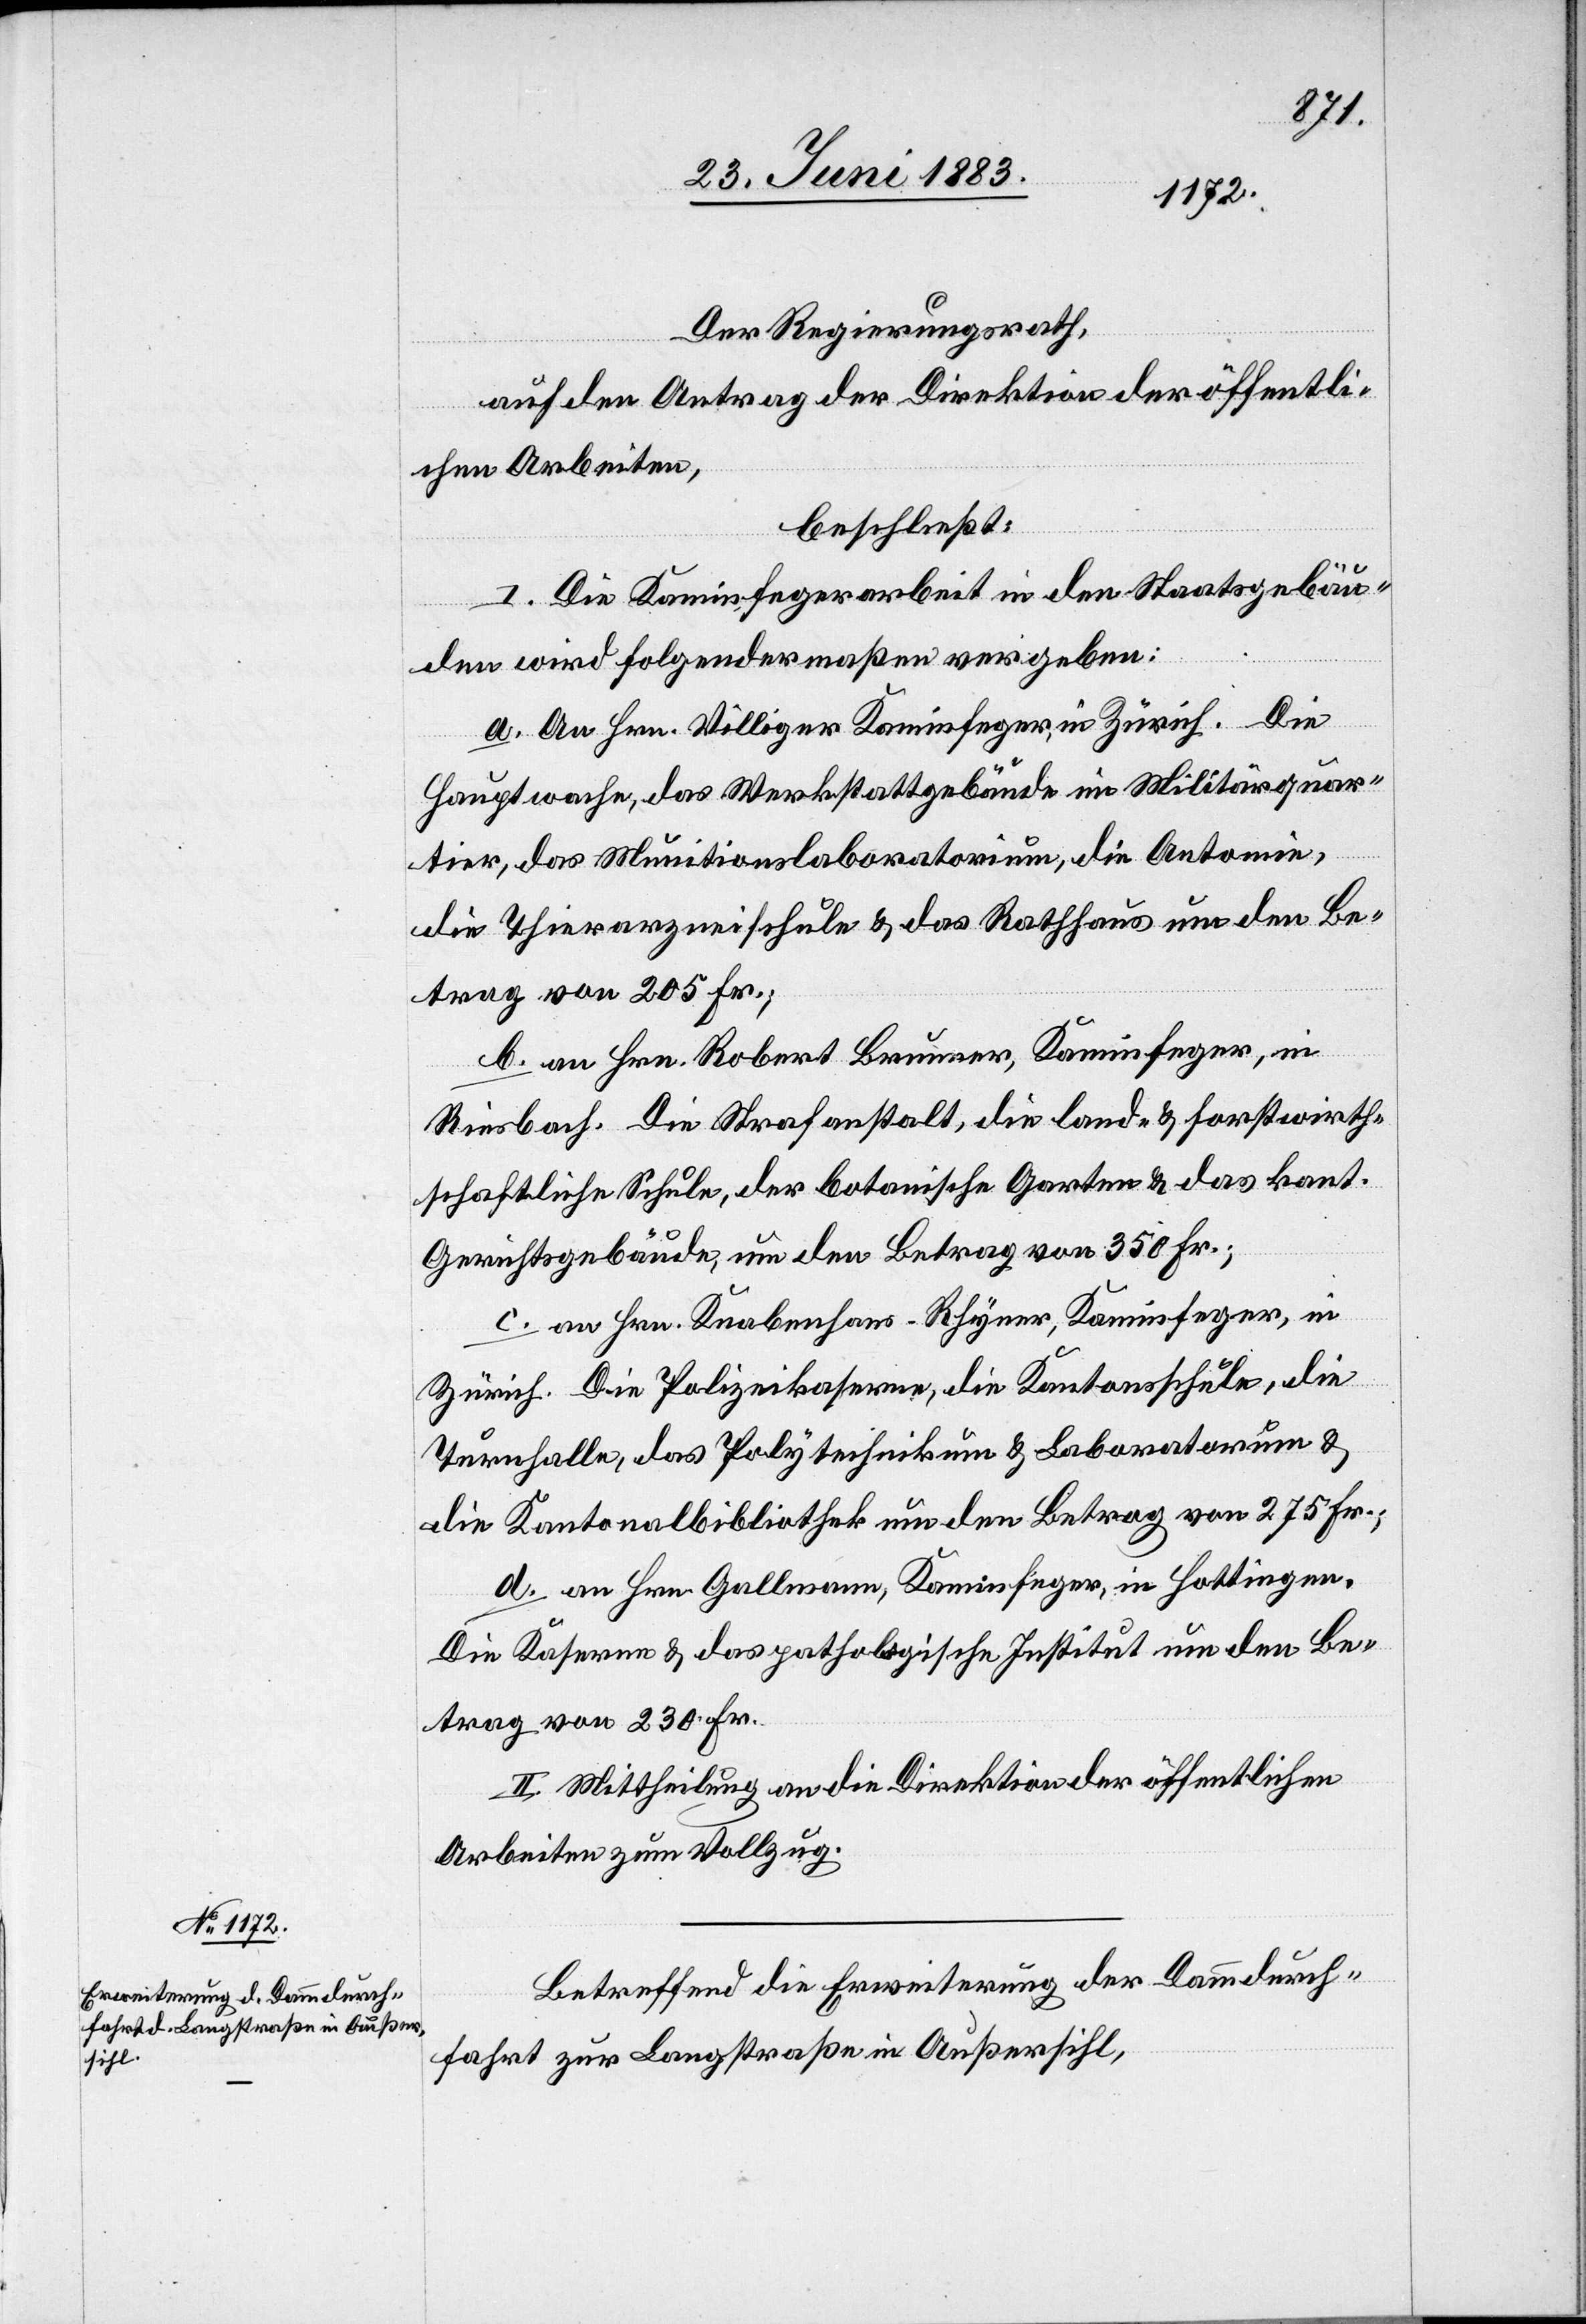
Der Regierungsrath,
auf den Antrag der Direktion der öffentli¬
chen Arbeiten,
beschließt:
I. Die Kaminfegerarbeit in den Staatsgebäu¬
den wird folgendermaßen vergeben:
a. An Hrn. Villiger Kaminfeger, in Zürich. Die
Hauptwache, das Werkstattgebäude im Militärquar¬
tier, das Munitionslaboratorium, die Anatomie,
die Thierarzneischule & das Rathhaus um den Be¬
trag von 205 Fr.;
b. an Hrn. Robert Brunner, Kaminfeger, in
Riesbach. Die Strafanstalt, die land- & forstwirth¬
schaftliche Schule, der botanische Garten & das kant.
Gerichtsgebäude, um den Betrag von 350 Fr.;
c. an Hrn. Knabenhans-Rhyser, Kaminfeger, in
Zürich. Die Polizeikaserne, die Kantonsschule, die
Turnhalle, das Polytechnikum & Laboratorium &
die Kantonalbibliothek um den Betrag von 275 Fr.;
d. an Hrn. Gallmann, Kaminfeger, in Hottingen.
Die Kaserne & das pathologische Institut um den Be¬
trag von 230 Fr.
II. Mittheilung an die Direktion der öffentlichen
Arbeiten zum Vollzug.
Betreffend die Erweiterung der Dammdurch¬
fahrt zur Langstraße in Außersihl,